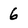
Character: 6